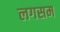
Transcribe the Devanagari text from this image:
लगसम